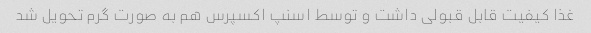
غذا کیفیت قابل قبولی داشت و توسط اسنپ اکسپرس هم به صورت گرم تحویل شد